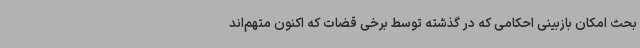
بحث امکان بازبینی احکامی که در گذشته توسط برخی قضات که اکنون متهم‌اند